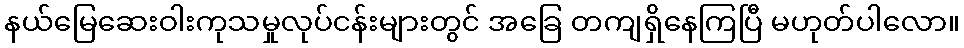
နယ်မြေဆေးဝါးကုသမှုလုပ်ငန်းများတွင် အခြေ တကျရှိနေကြပြီ မဟုတ်ပါလော။